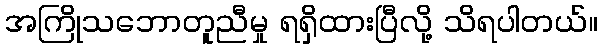
အကြိုသဘောတူညီမှု ရရှိထားပြီလို့ သိရပါတယ်။